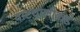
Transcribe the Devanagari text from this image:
वाटचालीकडे